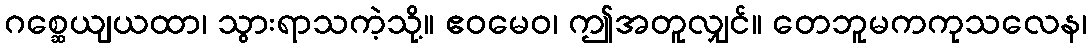
ဂစ္ဆေယျယထာ၊ သွားရာသကဲ့သို့။ ဧဝမေဝ၊ ဤအတူလျှင်။ တေဘူမကကုသလေန၊